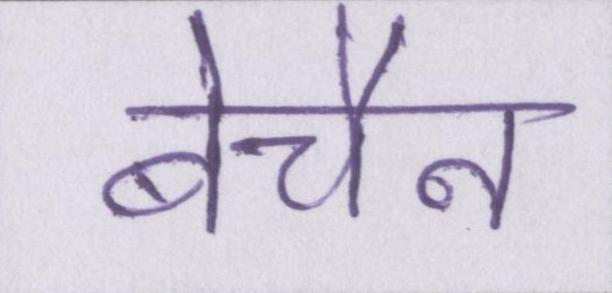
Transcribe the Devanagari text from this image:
बेचैन